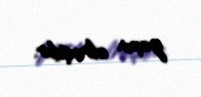
yaxın olmuşdur.